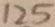
1 2 5